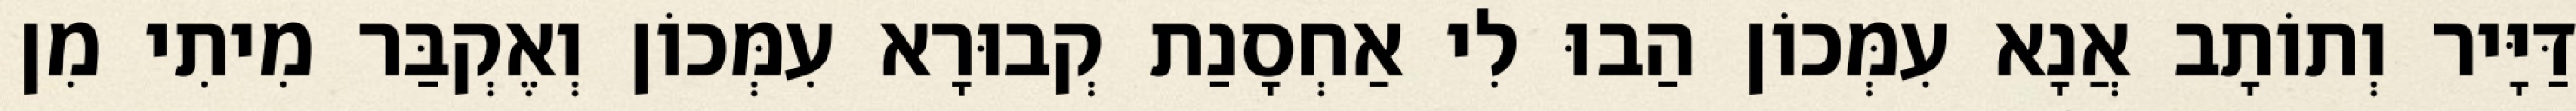
דַּיָּיר וְתוֹתָב אֲנָא עִמְּכוֹן הַבוּ לִי אַחְסָנַת קְבוּרָא עִמְּכוֹן וְאֶקְבַּר מִיתִי מִן